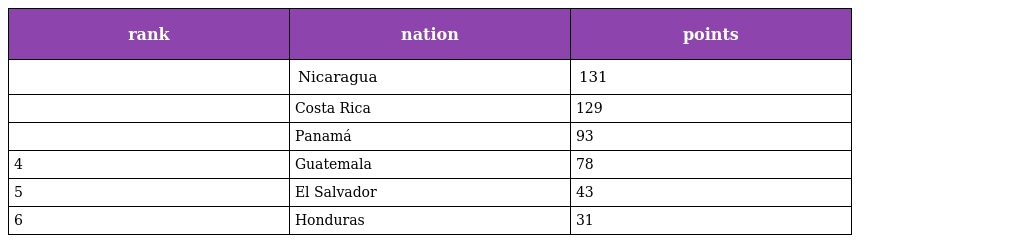
| rank | nation | points |
 | --- | --- | --- |
 |  | Nicaragua | 131 |
 |  | Costa Rica | 129 |
 |  | Panamá | 93 |
 | 4 | Guatemala | 78 |
 | 5 | El Salvador | 43 |
 | 6 | Honduras | 31 |